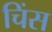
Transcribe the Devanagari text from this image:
चिंस